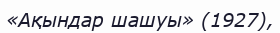
«Ақындар шашуы» (1927),